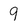
Character: 9